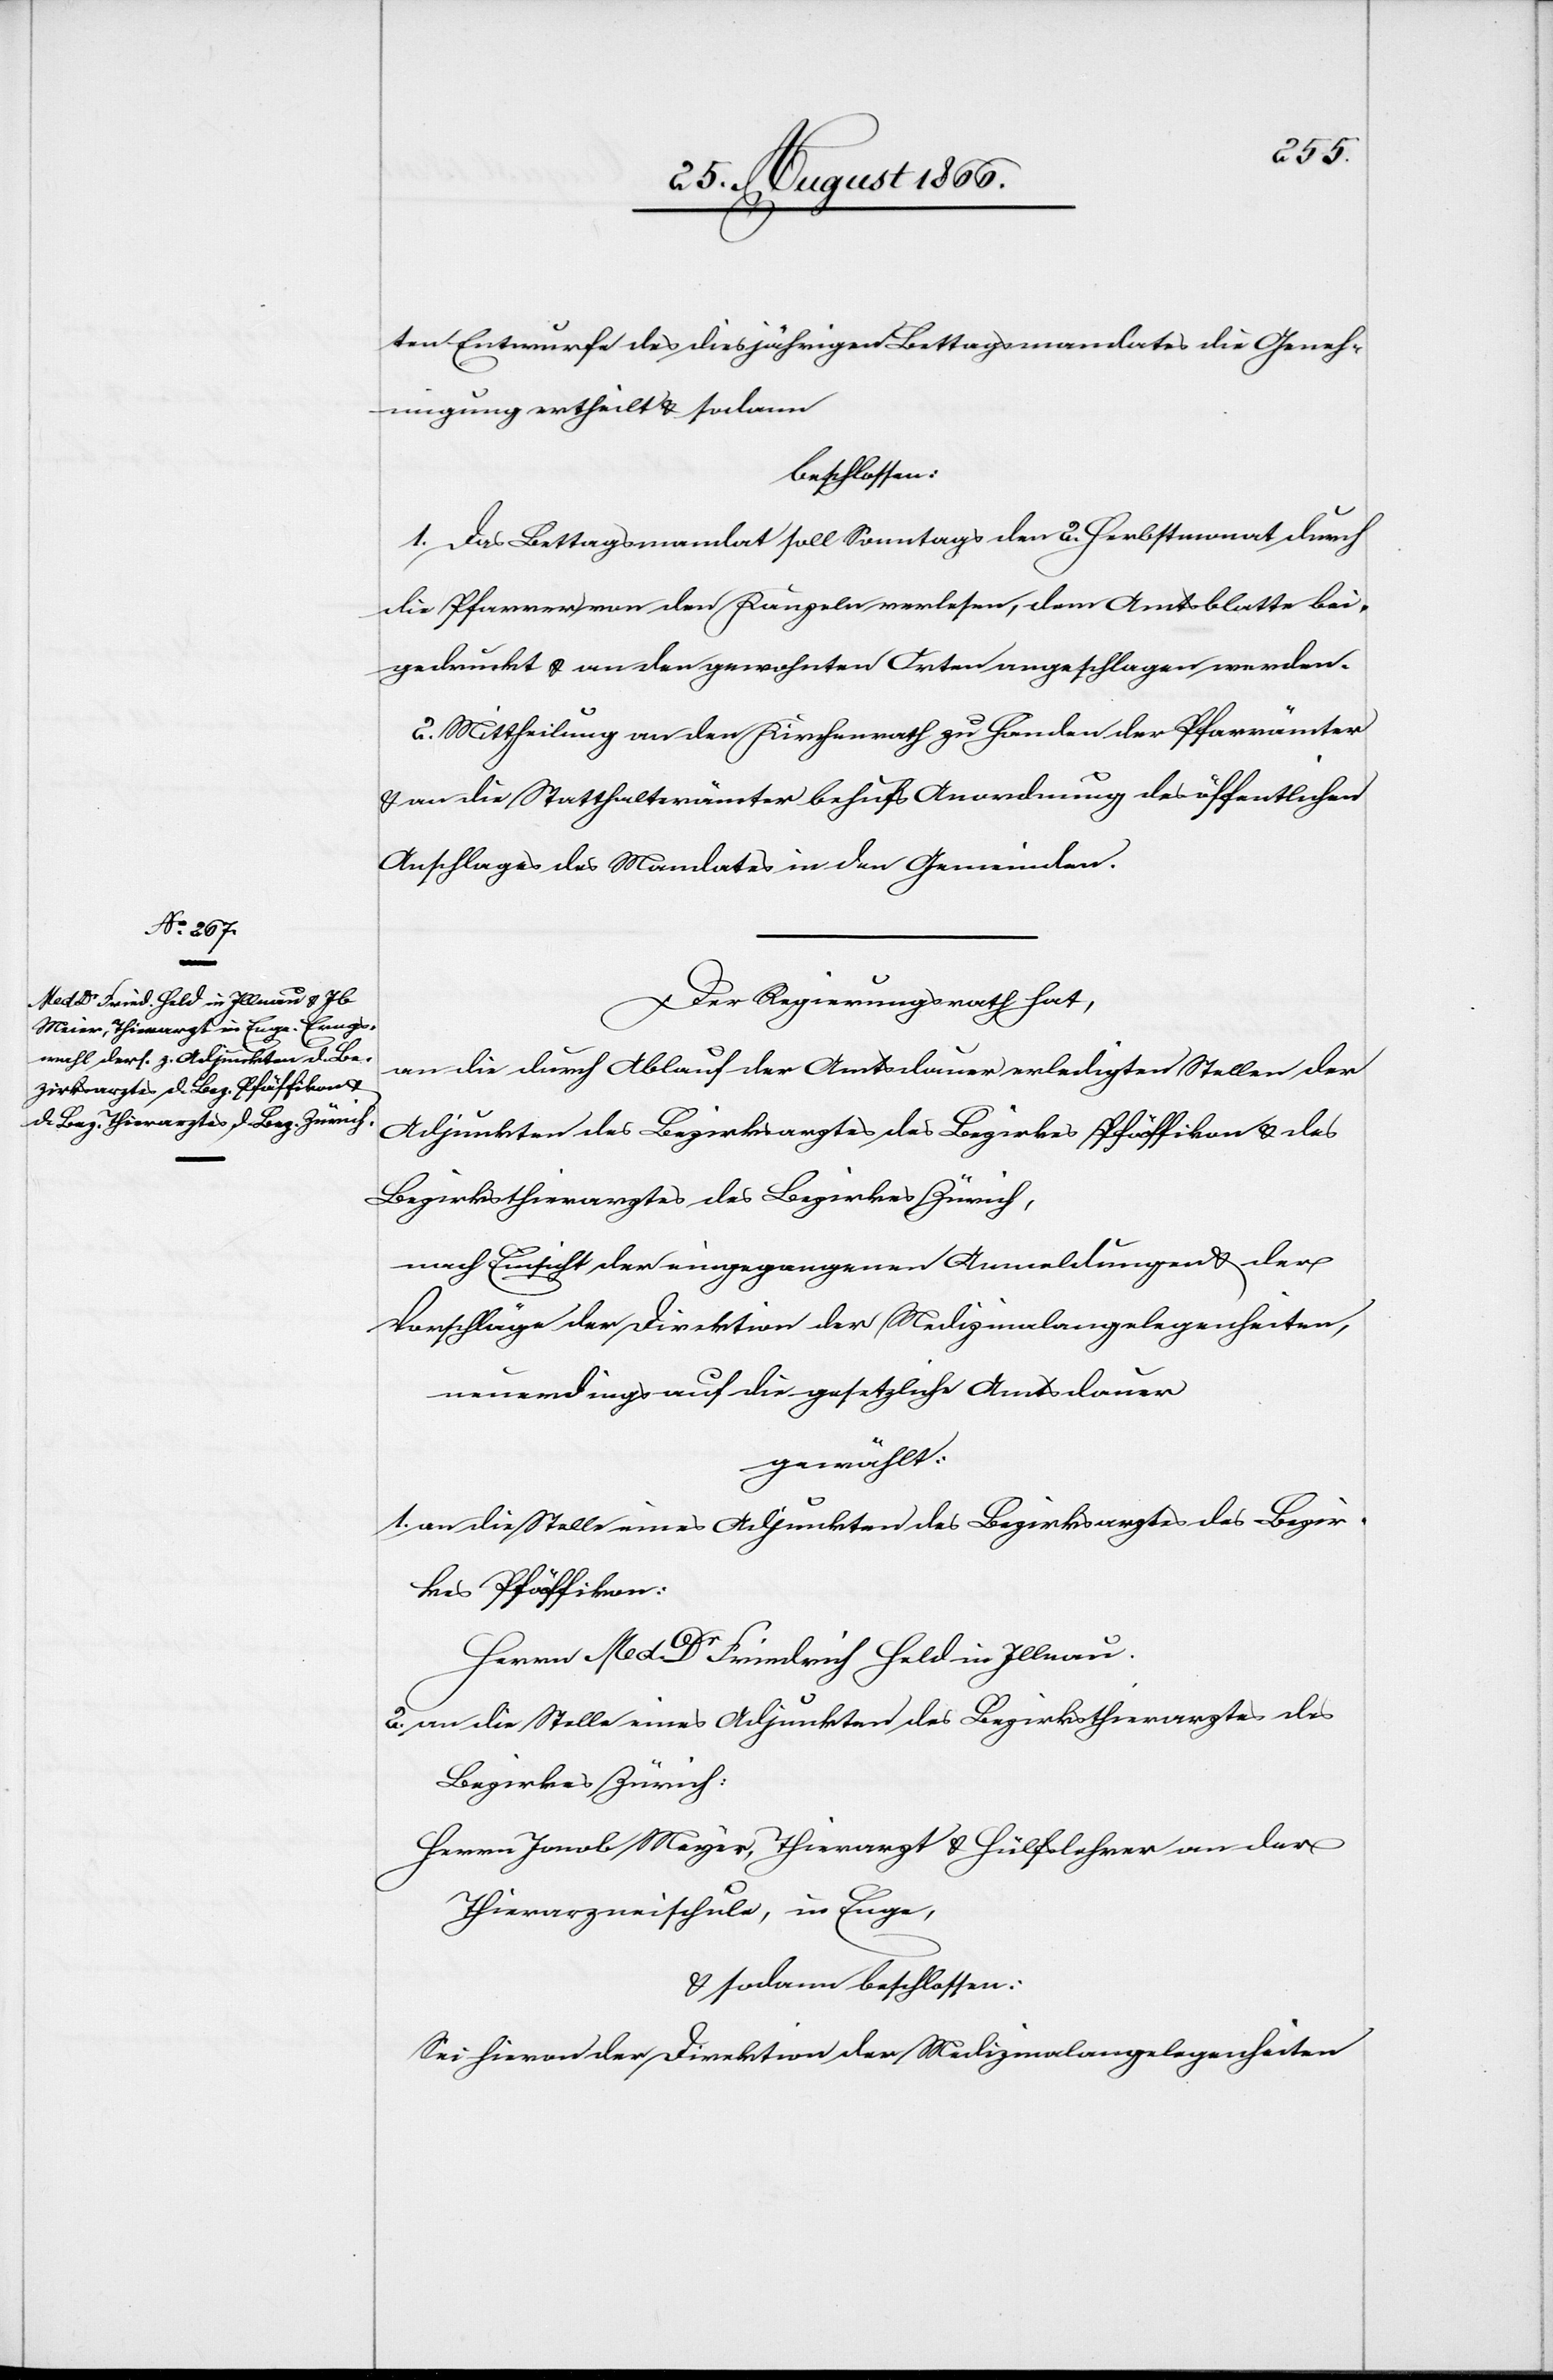
ten Entwurfe des diesjährigen Bettagsmandates die Geneh¬
migung ertheilt u. sodann
beschlossen:
1. Das Bettagsmandat soll Sonntags den 2. Herbstmonat durch
die Pfarrer von der Kanzel verlesen, dem Amtsblatte bei¬
gedruckt u. an den gewohnten Orten angeschlagen werden.
2. Mittheilung an den Kirchenrath zu Handen der Pfarrämter
u. an die Statthalterämter behufs Anordnung des öffentlichen
Anschlages des Mandates in den Gemeinden.
Der Regierungsrath hat,
an die durch Ablauf der Amtsdauer erledigten Stellen der
Adjunkten des Bezirksarztes des Bezirks Pfäffikon u. des
Bezirksthierarztes des Bezirks Zürich,
nach Einsicht der eingegangenen Anmeldungen u. der
Vorschläge der Direktion der Medizinalangelegenheiten,
neuerdings auf die gesetzliche Amtsdauer
gewählt:
1. an die Stelle eines Adjunkten des Bezirksarztes des Bezir¬
kes Pfäffikon:
Herrn Med Dr Friedrich Held in Illnau.
2. an die Stelle eines Adjunkten des Bezirksthierarztes des
Bezirks Zürich:
Herrn Jacob Meyer [sic!], Thierarzt u. Hülfslehrer an der
Thierarzneischule, in Enge,
u. sodann beschlossen:
Sei hievon der Direktion der Medizinalangelegenheiten